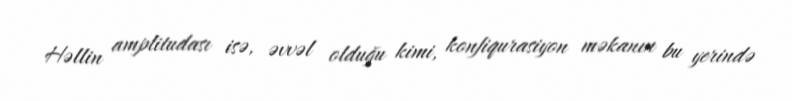
Həllin amplitudası isə, əvvəl olduğu kimi, konfiqurasiyon məkanın bu yerində